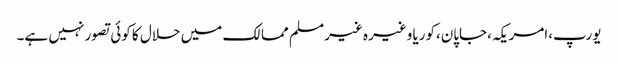
یورپ،امریکہ،جاپان،کوریا وغیرہ غیر مسلم ممالک میں حلال کا کوئی تصور نہیں ہے۔